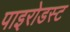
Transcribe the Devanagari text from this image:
पाइरोडस्ट